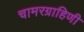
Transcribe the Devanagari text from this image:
चामरग्राहिणी